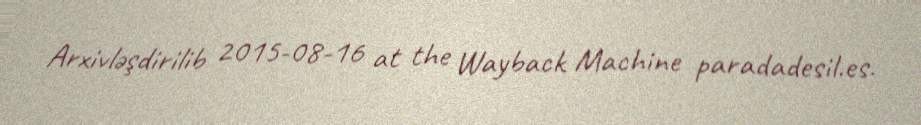
Arxivləşdirilib 2015-08-16 at the Wayback Machine paradadesil.es.